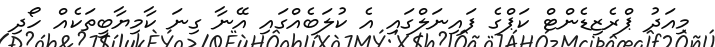
މިއަދު ޕްރެޒިޑެންޓް ކަޕްގެ ފައިނަލްގައި އެ ކުލަބެއްގައި އޭނާ ގިނަ ކާމިޔާބީތަކެއް ހޯދި